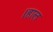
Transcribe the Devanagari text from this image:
।हाल